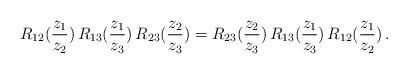
LaTeX: \begin{align*}R_{12}(\frac{z_1}{z_2}) \, R_{13}(\frac{z_1}{z_3}) \, R_{23}(\frac{z_2}{z_3})=R_{23}(\frac{z_2}{z_3}) \, R_{13}(\frac{z_1}{z_3}) \, R_{12}(\frac{z_1}{z_2}) \,.\end{align*}